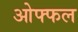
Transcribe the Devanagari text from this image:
ओफ्फल